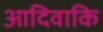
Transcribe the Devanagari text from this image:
आदिवाकि